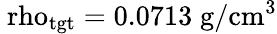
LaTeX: \mathrm{\ rho_{tgt}=0.0713\; \mathrm{g/cm^{3}}}